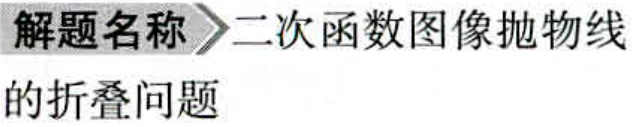
\textbf{解题名称} $\rightharpoonup$ 二次函数图像抛物线的折叠问题